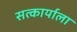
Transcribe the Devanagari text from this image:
सत्कार्याला